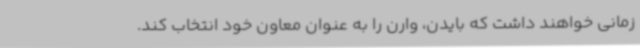
زمانی خواهند داشت که بایدن، وارن را به عنوان معاون خود انتخاب کند.